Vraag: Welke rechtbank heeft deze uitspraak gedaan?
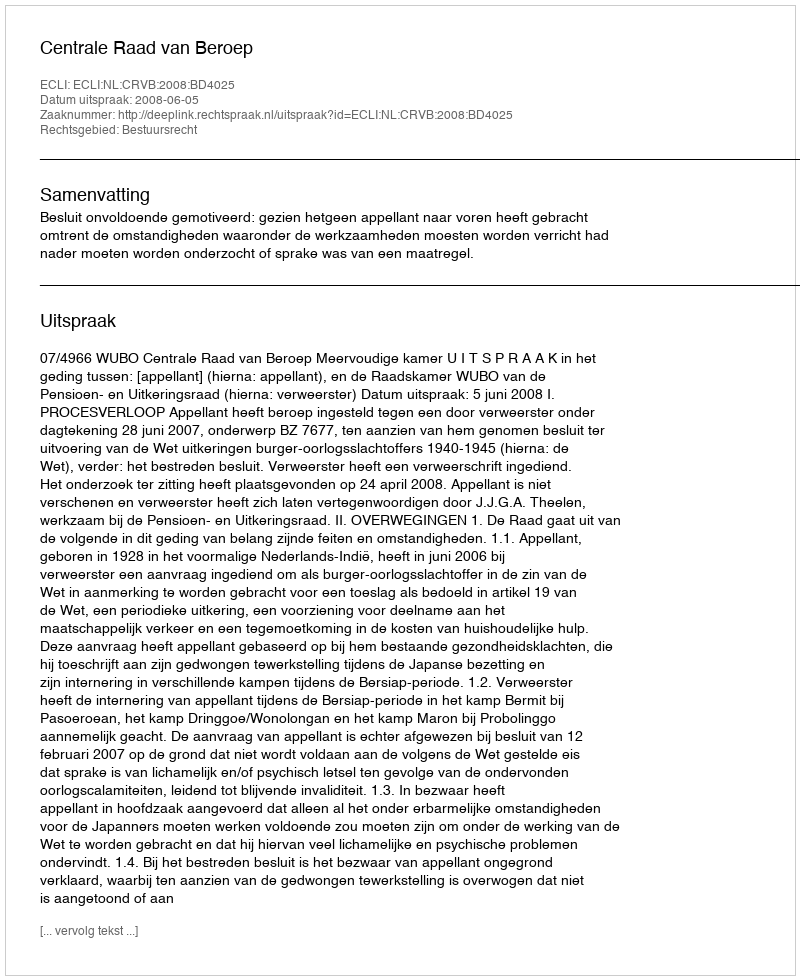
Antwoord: Centrale Raad van Beroep